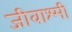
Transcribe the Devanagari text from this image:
जीवाश्मी